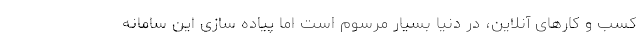
کسب و کارهای آنلاین، در دنیا بسیار مرسوم است اما پیاده سازی این سامانه